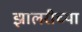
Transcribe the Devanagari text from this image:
झालरीच्या